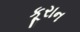
કૂરાન